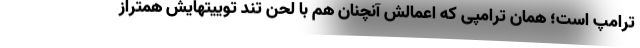
ترامپ است؛ همان ترامپی که اعمالش آنچنان هم با لحن تند توییتهایش همتراز